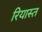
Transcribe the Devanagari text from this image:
रियास्त